Annual report of the Punjab Veterinary College and of the Civil Veterinary Department, Punjab - 1909-1919
Year: 1909
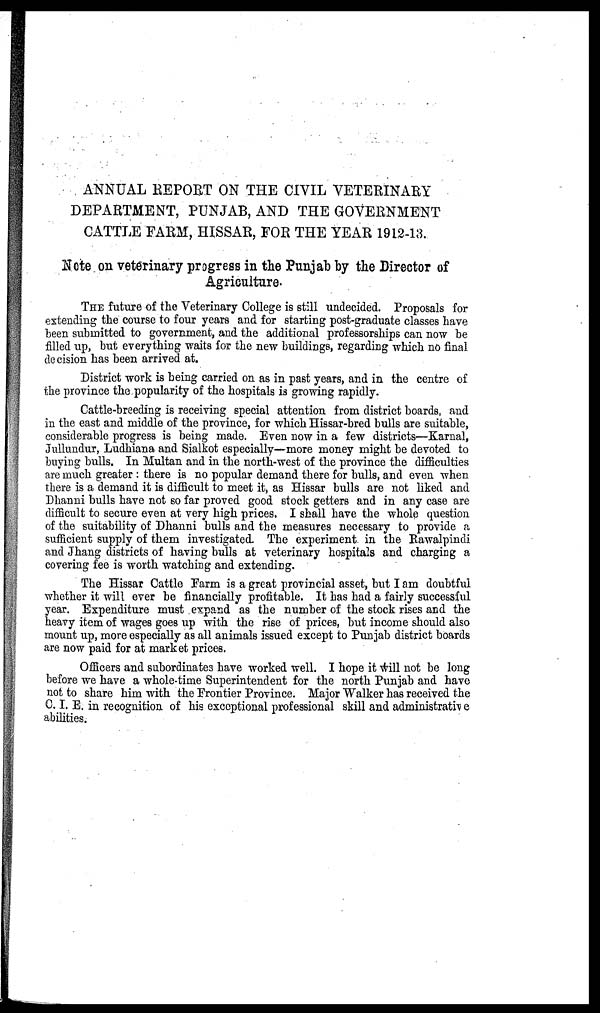
ANNUAL REPORT ON THE CIVIL VETERINARY
DEPARTMENT, PUNJAB, AND THE GOVERNMENT
CATTLE FARM, HISSAR, FOR THE YEAR 1912-13.
Note on veterinary progress in the Punjab by the Director of
Agriculture.
THE future of the Veterinary College is still undecided. Proposals for
extending the course to four years and for starting post-graduate classes have
been submitted to government, and the additional professorships can now be
filled up, but everything waits for the new buildings, regarding which no final
decision has been arrived at.
District work is being carried on as in past years, and in the centre of
the province the popularity of the hospitals is growing rapidly.
Cattle-breeding is receiving special attention from district boards, and
in the east and middle of the province, for which Hissar-bred bulls are suitable,
considerable progress is being made. Even now in a few districts—Karnal,
Jullundur, Ludhiana and Sialkot especially—more money might be devoted to
buying bulls. In Multan and in the north-west of the province the difficulties
are much greater : there is no popular demand there for bulls, and even when
there is a demand it is difficult to meet it, as Hissar bulls are not liked and
Dhanni bulls have not so far proved good stock getters and in any case are
difficult to secure even at very high prices. I shall have the whole question
of the suitability of Dhanni bulls and the measures necessary to provide a
sufficient supply of them investigated. The experiment in the Rawalpindi
and Jhang districts of having bulls at veterinary hospitals and charging a
covering fee is worth watching and extending.
The Hissar Cattle Farm is a great provincial asset, but I am doubtful
whether it will ever be financially profitable. It has had a fairly successful
year. Expenditure must expand as the number of the stock rises and the
heavy item of wages goes up with the rise of prices, but income should also
mount up, more especially as all animals issued except to Punjab district boards
are now paid for at market prices.
Officers and subordinates have worked well. I hope it will not be long
before we have a whole-time Superintendent for the north Punjab and have
not to share him with the Frontier Province. Major Walker has received the
C. I. E. in recognition of his exceptional professional skill and administrative
abilities.